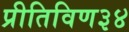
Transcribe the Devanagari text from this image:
प्रीतिविण३४